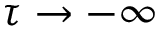
\tau \to - \infty